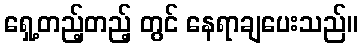
ရှေ့တည့်တည့် တွင် နေရာချပေးသည်။